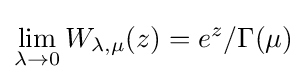
\lim \limits _{\lambda \to 0}W_{\lambda ,\mu }(z)=e^{z}/\Gamma (\mu )